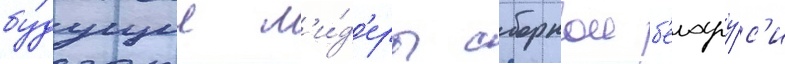
бу́дущие л'и́д'еры сборнои б'елару́с'и